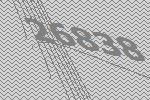
26838